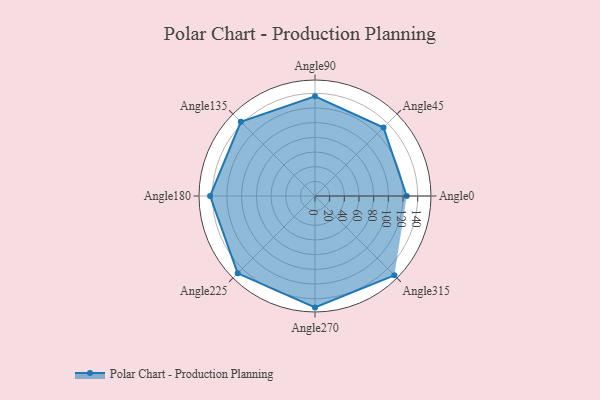
{"axis": {"x": "Angle", "y": "Radius"}, "legend": [""], "data": [{"x": "Angle0", "y": 125.0, "type": ""}, {"x": "Angle45", "y": 132.0, "type": ""}, {"x": "Angle90", "y": 136.0, "type": ""}, {"x": "Angle135", "y": 143.0, "type": ""}, {"x": "Angle180", "y": 143.0, "type": ""}, {"x": "Angle225", "y": 149.0, "type": ""}, {"x": "Angle270", "y": 152.0, "type": ""}, {"x": "Angle315", "y": 153.0, "type": ""}]}